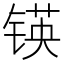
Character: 锳